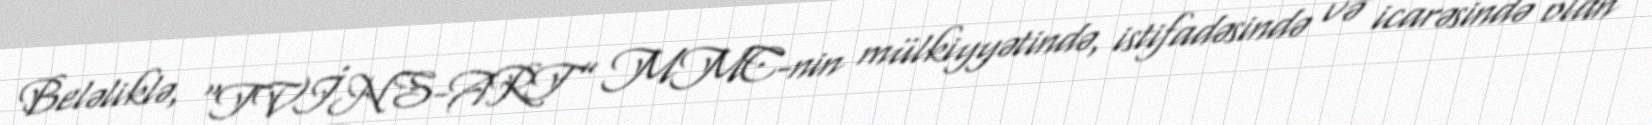
Beləliklə, “TVİNS-ART” MMC-nin mülkiyyətində, istifadəsində və icarəsində olan